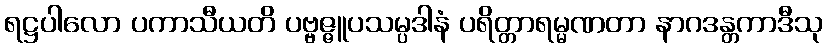
ရဋ္ဌပါလော ပကာသီယတိ ပဗ္ဗဇ္ဇူပသမ္ပဒါနံ ပရိတ္တာရမ္မဏတာ နာဂဒန္တကာဒီသု